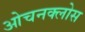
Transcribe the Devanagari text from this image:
ओचनक्लोस